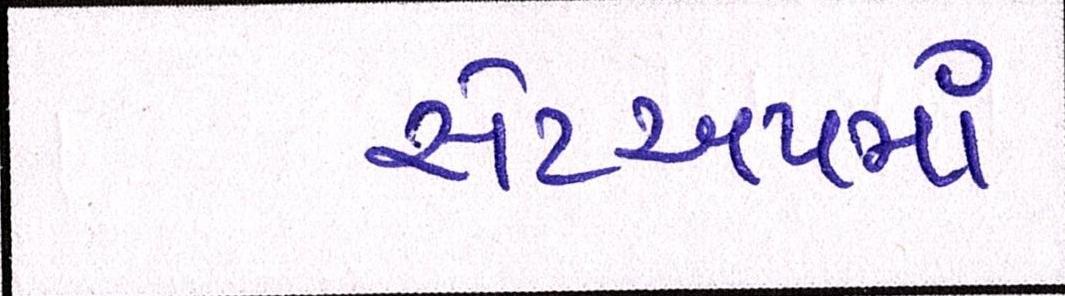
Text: સેટઅપમાં